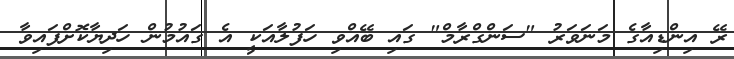
ރޭ އިންޑިއާގެ މަނަވަރު "ސަންގްރާމް" ގައި ބޭއްވި ހަފުލާއަކީ އެ ގައުމުން ހަދިޔާކޮށްފައިވާ